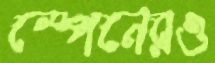
স্পেনেরও